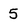
Character: 5